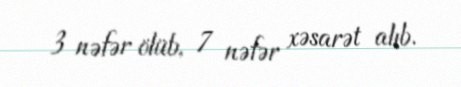
3 nəfər ölüb, 7 nəfər xəsarət alıb.